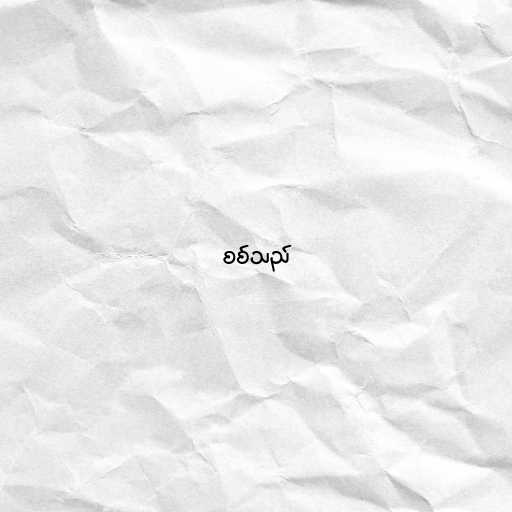
စစ်သည်